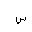
Letter: _sin